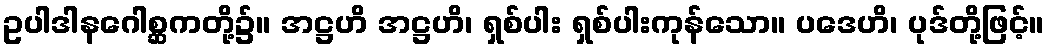
ဥပါဒါနဂေါစ္ဆကတို့၌။ အဋ္ဌဟိ အဋ္ဌဟိ၊ ရှစ်ပါး ရှစ်ပါးကုန်သော။ ပဒေဟိ၊ ပုဒ်တို့ဖြင့်။